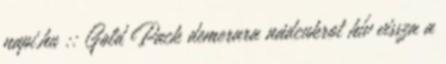
napi.hu :: Gold Pack demerara nádcukrot hív vissza a